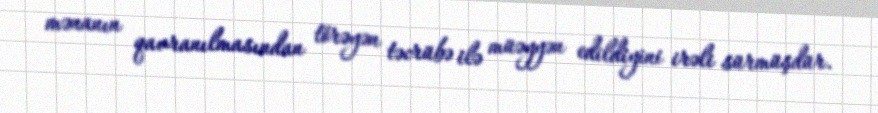
mənanın qavranılmasından törəyən təcrübə ilə müəyyən edildiyini irəli sürmüşdür.